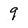
Character: 9